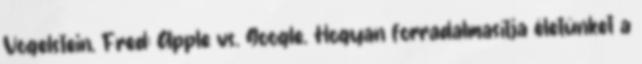
Vogelstein, Fred: Apple vs. Google. Hogyan forradalmasítja életünket a